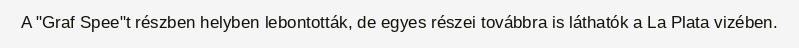
A "Graf Spee"t részben helyben lebontották, de egyes részei továbbra is láthatók a La Plata vizében.